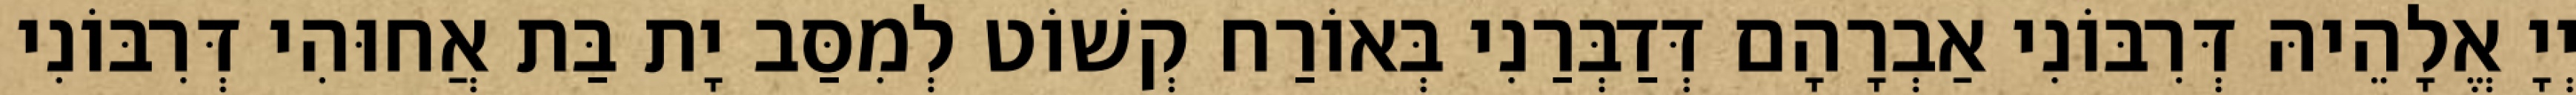
יְיָ אֱלָהֵיהּ דְּרִבּוֹנִי אַבְרָהָם דְּדַבְּרַנִי בְּאוֹרַח קְשׁוֹט לְמִסַּב יָת בַּת אֲחוּהִי דְּרִבּוֹנִי